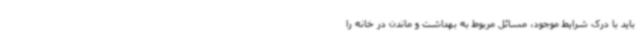
باید با درک شرایط موجود، مسائل مربوط به بهداشت و ماندن در خانه را